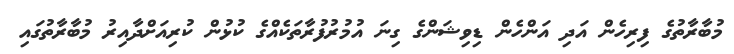
މުބާރާތުގެ ފިރިހެން އަދި އަންހެން ޑިވިޝަންގެ ގިނަ އުމުރުފުރާތަކެއްގެ ކުޅުން ކުރިއަށްދާއިރު މުބާރާތުގައި